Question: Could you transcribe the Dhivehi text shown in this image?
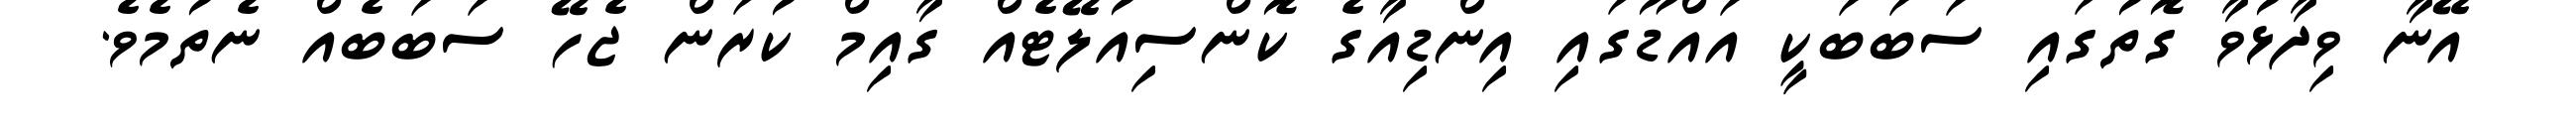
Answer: އޭނާ ވިދާޅުވާ ގޮތުގައި ސަބަބަކީ އައްޑޫގައި އިންޑިއާގެ ކޮންސިއުލޭޓެއް ގާއިމް ކުރަން ޖެހޭ ސަބަބެއް ނެތުމެވެ.